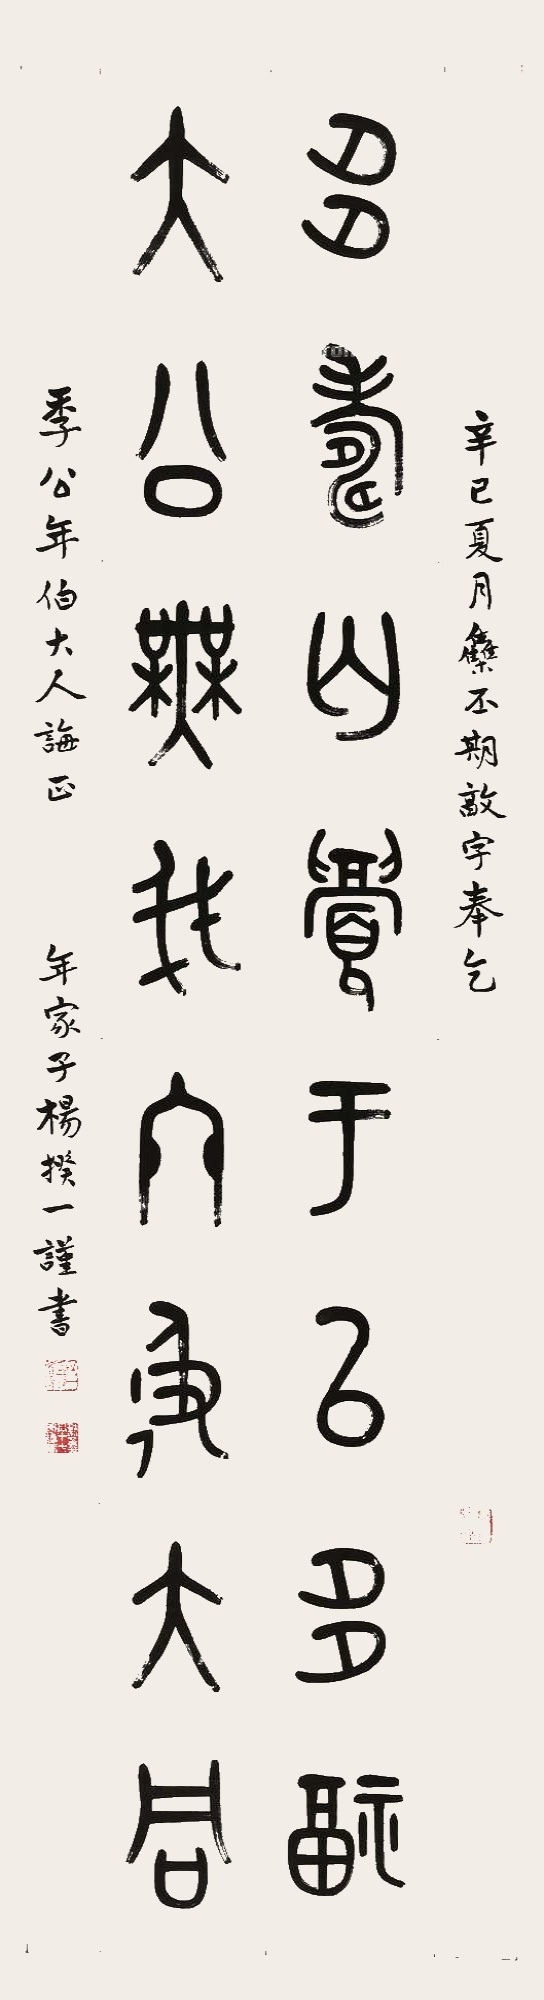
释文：多寿介眉于以多福，大公无我终及大同。辛巳夏月集丕期敦字，奉乞季公年伯大人诲正，年家子杨揆一谨书。